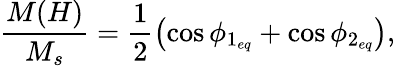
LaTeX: \frac{M(H)}{M_{s}}=\frac{1}{2}\left(\cos\phi_{1_{eq}}+\cos\phi_{2_{eq}}\right),